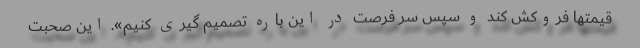
قیمتها فروکش کند و سپس سر فرصت در این باره تصمیم گیری کنیم». این صحبت